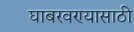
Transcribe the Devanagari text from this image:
घाबरवण्यासाठी